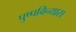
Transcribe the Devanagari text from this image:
पुष्पविन्यास